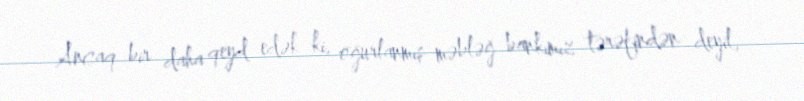
Ancaq bir daha qeyd edək ki, oğurlanmış məbləğ bankımız tərəfindən deyil,